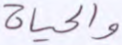
والحياة